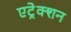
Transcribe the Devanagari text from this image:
एट्रेक्शन